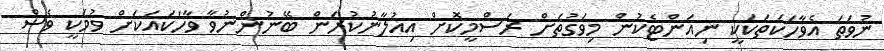
ނުވަތަ އެވާހަކަތަކަކީ ނިއަންޓެކުން މިވަގުތަށް ރަސްމީކޮށް އިއުލާނުކުރަން ބޭނުންނުވާ ވާހަކައަކަށް ވުމަކީ ވެސް